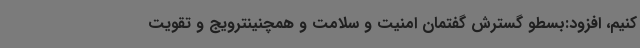
کنیم، افزود:بسطو گسترش گفتمان امنیت و سلامت و همچنینترویج و تقویت